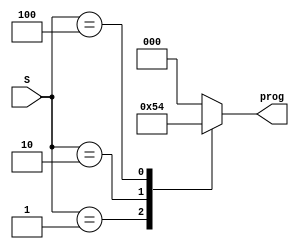
`timescale 1ns / 1ps
//////////////////////////////////////////////////////////////////////////////////
// Company: 
// Engineer: 
// 
// Design Name: 
// Module Name:    SWITCHES 
// Project Name: 
// Target Devices: 
// Tool versions: 
// Description: 
//
// Dependencies: 
//
// Revision: 
// Revision 0.01 - File Created
// Additional Comments: 
//
//////////////////////////////////////////////////////////////////////////////////
module SWITCHES(
	input wire [2:0] S,
	output reg [2:0] prog
   );
 
	always @* begin
		case(S)
			3'b001 : begin //Activo S0
		     	 prog = 3'b001; //Programar fecha
			end
			3'b010 : begin //Activo S1
				prog = 3'b010; //Programar hora
			end
			3'b100 : begin //Activo S2
				prog = 3'b100; //Programar timer
			end
			default: begin
				prog = 3'b000;
			end
		endcase
	end

endmodule